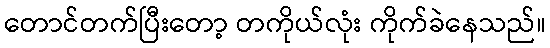
တောင်တက်ပြီးတော့ တကိုယ်လုံး ကိုက်ခဲနေသည်။